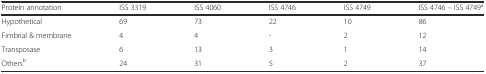
<table><thead><tr><td><b>Protein annotation</b></td><td><b>ISS 3319</b></td><td><b>ISS 4060</b></td><td><b>ISS 4746</b></td><td><b>ISS 4749</b></td><td><b>ISS 4746 – ISS 4749<sup>a</sup></b></td></tr></thead><tbody><tr><td>Hypothetical</td><td>69</td><td>73</td><td>22</td><td>10</td><td>86</td></tr><tr><td>Fimbrial &amp; membrane</td><td>4</td><td>4</td><td>-</td><td>2</td><td>12</td></tr><tr><td>Transposase</td><td>6</td><td>13</td><td>3</td><td>1</td><td>14</td></tr><tr><td>Others<sup>b</sup></td><td>24</td><td>31</td><td>5</td><td>2</td><td>37</td></tr></tbody></table>